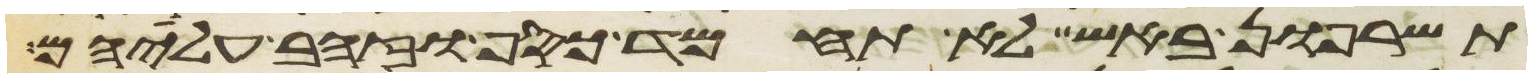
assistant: תשרפון באש לא תחמד כסף וזהב עליהם